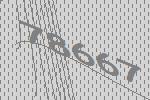
78667